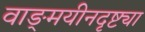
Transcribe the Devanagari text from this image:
वाङ्‌मयीनदृष्ट्या